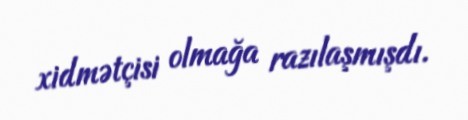
xidmətçisi olmağa razılaşmışdı.